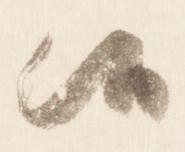
候